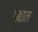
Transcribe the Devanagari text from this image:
ठुबान